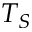
T _ { S }